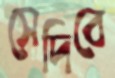
সেদিবে